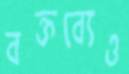
বক্তব্যেও